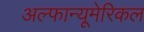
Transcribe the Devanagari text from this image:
अल्फान्यूमेरिकल